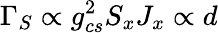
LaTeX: \Gamma_{S}\propto g_{cs}^{2}S_{x}J_{x}\propto d